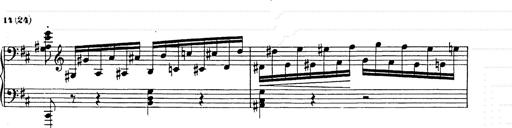
Title: Ballade No.2
Composer: Jan Skrzydlewski
Key: B minor